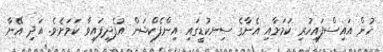
ހުން އައިސްފައިހުރި ކަމަށާއި އެނާގެ ސިނކުޑީގައި އިންފެކްޝަން އުފެދިފައިވާ ކަމަށެވެ. އަދި އޭނާ